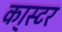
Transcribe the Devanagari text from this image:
का्स्‍टर